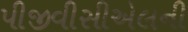
પીજીવીસીએલની